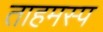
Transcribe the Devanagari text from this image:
ताहमस्प